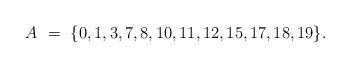
LaTeX: \begin{align*} A\ = \ \{0, 1, 3, 7, 8, 10, 11, 12, 15, 17, 18, 19\}.\end{align*}